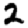
Digit: 2